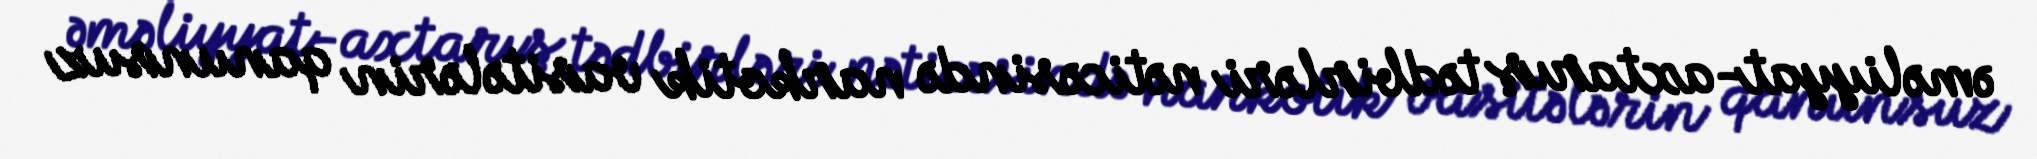
əməliyyat-axtarış tədbirləri nəticəsində narkotik vasitələrin qanunsuz